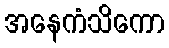
အနေကံသိကော